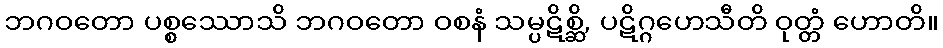
ဘဂဝတော ပစ္စဿောသိ ဘဂဝတော ဝစနံ သမ္ပဋိစ္ဆိ, ပဋိဂ္ဂဟေသီတိ ဝုတ္တံ ဟောတိ။